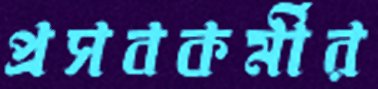
প্রসবকর্মীর